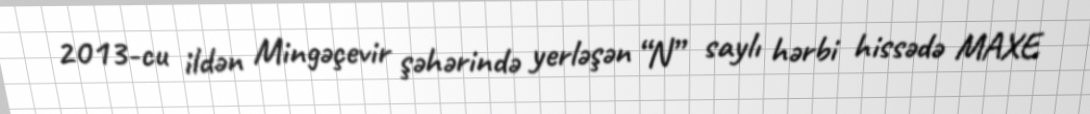
2013-cu ildən Mingəçevir şəhərində yerləşən “N” saylı hərbi hissədə MAXE